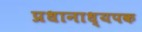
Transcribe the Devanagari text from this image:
प्रधानाध्यपक